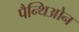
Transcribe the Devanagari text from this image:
पैन्थिओन